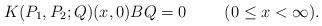
LaTeX: \begin{align*}K(P_1,P_2;Q)(x,0)BQ=0\ \ \ \ \quad(0\leq x<\infty).\end{align*}